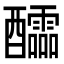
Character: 醽